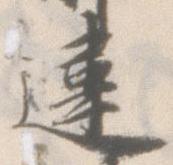
違